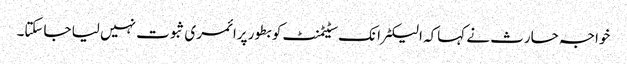
خواجہ حارث نے کہاکہ الیکٹرانک سٹیٹمنٹ کو بطور پرائمری ثبوت نہیں لیا جاسکتا۔